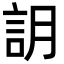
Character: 䚴